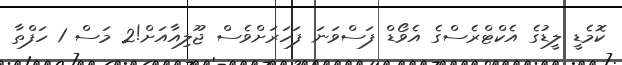
ކޮމެޑީ ލީޑުގެ އެކްޓްރެސްގެ އެވޯޑް ފަސްވަނަ ފަހަރަށްވެސް ޖޫލިއާއަށް!2 މަސް 1 ހަފްތާ